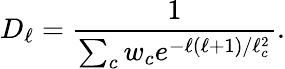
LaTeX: D_{\ell}={\frac{1}{\sum_{c}w_{c}e^{-\ell(\ell+1)/\ell_{c}^{2}}}}.